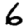
Digit: 6